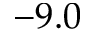
- 9 . 0